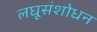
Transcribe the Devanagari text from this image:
लघूसंशोधन